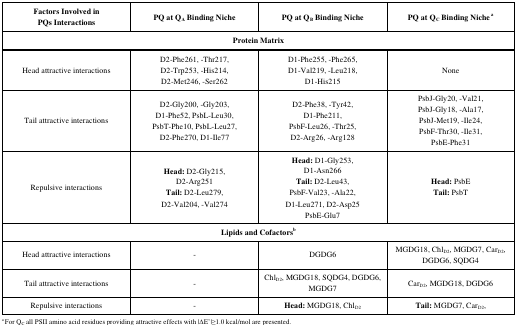
<table><thead><tr><td><b>Factors Involved inPQs Interactions</b></td><td><b>PQ at QA Binding Niche</b></td><td><b>PQ at QB Binding Niche</b></td><td><b>PQ at QC Binding Niche a</b></td></tr><tr><td colspan="4"><b>Protein Matrix</b></td></tr></thead><tbody><tr><td>Head attractive interactions</td><td>D2-Phe261, -Thr217,D2-Trp253, -His214,D2-Met246, -Ser262</td><td>D1-Phe255, -Phe265,D1-Val219, -Leu218,D1-His215</td><td>None</td></tr><tr><td>Tail attractive interactions</td><td>D2-Gly200, -Gly203,D1-Phe52, PsbL-Leu30,PsbT-Phe10, PsbL-Leu27,D2-Phe270, D1-Ile77</td><td>D2-Phe38, -Tyr42,D1-Phe211,PsbF-Leu26, -Thr25,D2-Arg26, -Arg128</td><td>PsbJ-Gly20, -Val21,PsbJ-Gly18, -Ala17,PsbJ-Met19, -Ile24,PsbF-Thr30, -Ile31,PsbE-Phe31</td></tr><tr><td>Repulsive interactions</td><td>Head: D2-Gly215,D2-Arg251Tail: D2-Leu279,D2-Val204, -Val274</td><td>Head: D1-Gly253,D1-Asn266Tail: D2-Leu43,PsbF-Val23, -Ala22,D1-Leu271, D2-Asp25PsbE-Glu7</td><td>Head: PsbETail: PsbT</td></tr><tr><td colspan="4">Lipids and Cofactorsb</td></tr><tr><td>Head attractive interactions</td><td>-</td><td>DGDG6</td><td>MGDG18, ChlD2, MGDG7, CarD2, DGDG6, SQDG4</td></tr><tr><td>Tail attractive interactions</td><td>-</td><td>ChlD2, MGDG18, SQDG4, DGDG6, MGDG7</td><td>CarD2, MGDG18, DGDG6</td></tr><tr><td>Repulsive interactions</td><td>-</td><td>Head: MGDG18, ChlD2</td><td>Tail: MGDG7, CarD2,</td></tr></tbody></table>